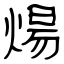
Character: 煬